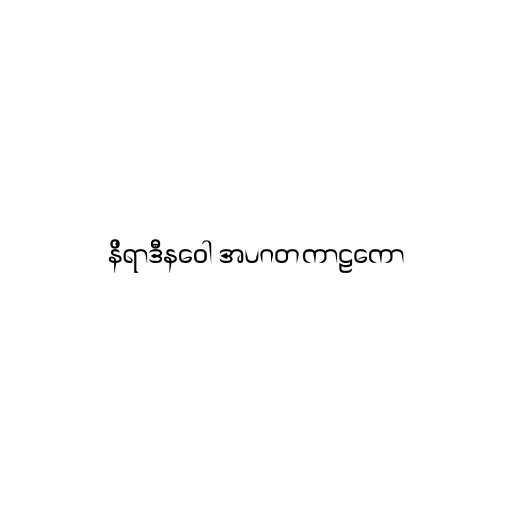
နိရာဒီနဝေါ အပဂတကာဠကော